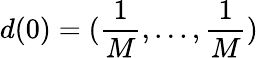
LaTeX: d(0)=(\frac{1}{M},...,\frac{1}{M})